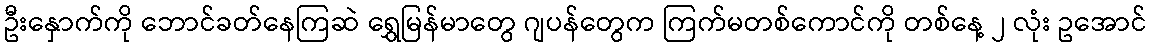
ဦးနှောက်ကို ဘောင်ခတ်နေကြဆဲ ရွှေမြန်မာတွေ ဂျပန်တွေက ကြက်မတစ်ကောင်ကို တစ်နေ့ ၂ လုံး ဥအောင်